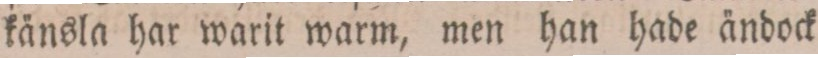
känsla har warit warm, men han hade ändock